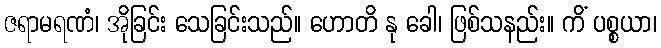
ဇရာမရဏံ၊ အိုခြင်း သေခြင်းသည်။ ဟောတိ နု ခေါ၊ ဖြစ်သနည်း။ ကိံ ပစ္စယာ၊